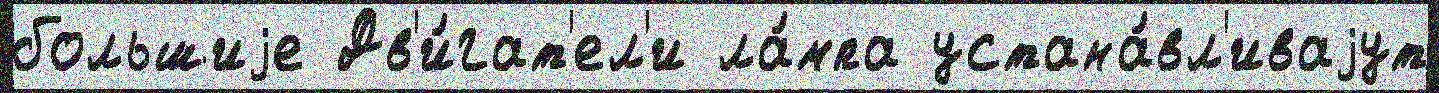
большиjе Дв'и́гат'ел'и ла́мпа устана́вл'иваjут